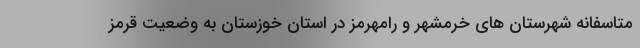
متاسفانه شهرستان های خرمشهر و رامهرمز در استان خوزستان به وضعیت قرمز